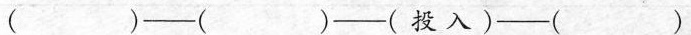
( )-( )─-(投入)--( )